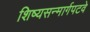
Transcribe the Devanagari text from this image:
शिष्यसन्मार्गपटवे